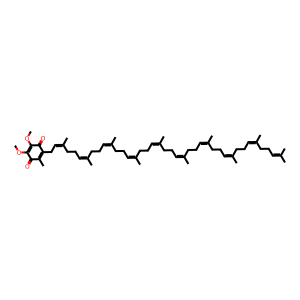
SMILES: COC1=C(OC)C(=O)C(CC=C(C)CCC=C(C)CCC=C(C)CCC=C(C)CCC=C(C)CCC=C(C)CCC=C(C)CCC=C(C)CCC=C(C)CCC=C(C)C)=C(C)C1=O
Inhibits HIV replication: No